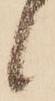
候